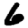
Digit: 6